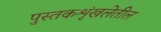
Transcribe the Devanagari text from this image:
पुस्तकशृंखलेतील